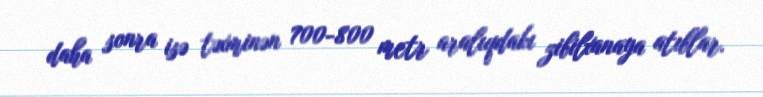
daha sonra isə təxminən 700-800 metr aralıqdakı zibilxanaya atıblar.